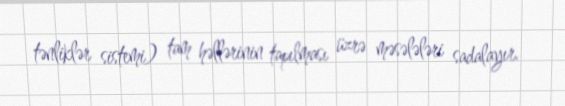
tənliklər sistemi) tam həllərinin tapılması üzrə məsələləri sadalayır.